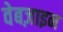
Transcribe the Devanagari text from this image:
वेबज़ाइन